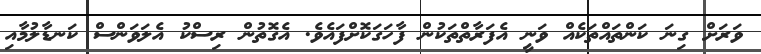
ވަރަށް ގިނަ ކަންތައްތަކެއް ވަނީ އެފަރާތްތަކުން ފާހަގަކޮށްފައެވެ. އެގޮތުން ރިސްކު އެލަވަންސް ކަނޑާލުމާއި